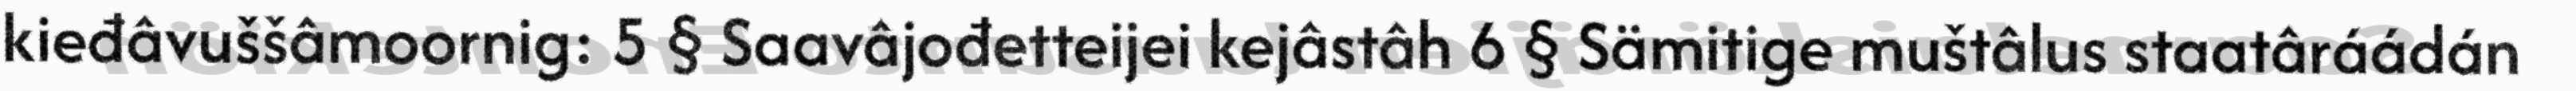
kieđâvuššâmoornig: 5 § Saavâjođetteijei kejâstâh 6 § Sämitige muštâlus staatâráádán